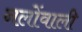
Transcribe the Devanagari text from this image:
नलोंवाली